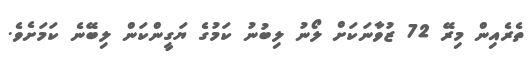
ތެރެއިން މިރޭ 72 ޒުވާނަކަށް ލޯނު ލިބުނު ކަމުގެ ޔަގީންކަން ލިބޭނެ ކަމަށެވެ.